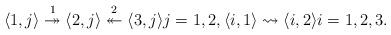
LaTeX: \begin{align*}&\langle 1,j\rangle\overset{1}\twoheadrightarrow \langle 2,j\rangle\overset{2}\twoheadleftarrow \langle 3,j\rangle j=1,2, \langle i,1\rangle\rightsquigarrow \langle i,2\rangle i=1,2,3.\end{align*}